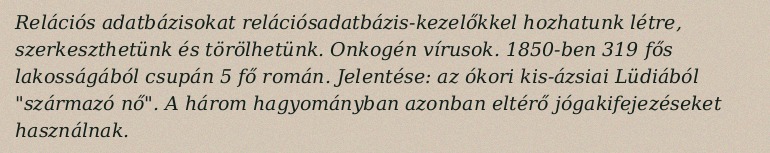
Relációs adatbázisokat relációsadatbázis-kezelőkkel hozhatunk létre, szerkeszthetünk és törölhetünk. Onkogén vírusok. 1850-ben 319 fős lakosságából csupán 5 fő román. Jelentése: az ókori kis-ázsiai Lüdiából "származó nő". A három hagyományban azonban eltérő jógakifejezéseket használnak.